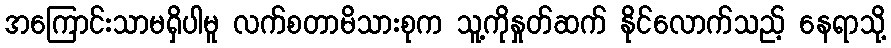
အကြောင်းသာမရှိပါမူ လက်စတာမိသားစုက သူ့ကိုနှုတ်ဆက် နိုင်လောက်သည့် နေရာသို့